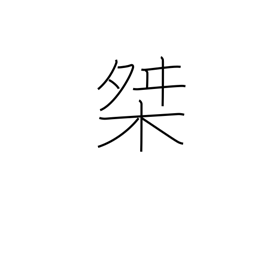
Meaning: measuring box